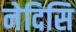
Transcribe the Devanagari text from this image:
नेदिसि